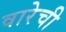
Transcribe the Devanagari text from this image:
वारेची